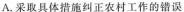
A.采取具体措施纠正农村工作的错误